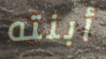
أبنته